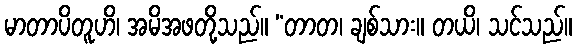
မာတာပိတူဟိ၊ အမိအဖတို့သည်။ “တာတ၊ ချစ်သား။ တယိ၊ သင်သည်။